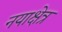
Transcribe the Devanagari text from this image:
नयाक्षेत्र